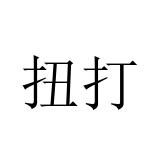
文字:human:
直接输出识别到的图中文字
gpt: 扭打